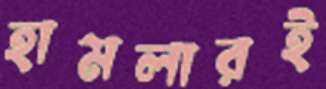
হামলারই